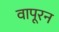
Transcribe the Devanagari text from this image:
वापूरन